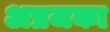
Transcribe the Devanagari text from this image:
अप्रजका